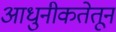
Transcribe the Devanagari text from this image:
आधुनीकतेतून